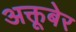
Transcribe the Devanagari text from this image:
अक्तूबेर